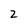
Character: 2